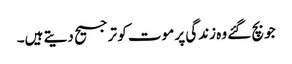
جو بچ گئے وہ زندگی پر موت کو ترجیح دیتے ہیں۔